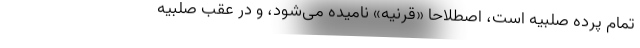
تمام پرده صلبیه است، اصطلاحاً «قرنیه» نامیده می‌شود، و در عقب صلبیه